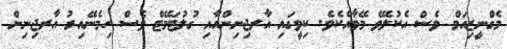
މެގްނީޒިއަމް ވެސް އެކުލެވޭ މޭވާއެކެވެ. ކިވީގައި އާރޖިނިންއާއި ގުލުޓަމޭޓް ވެސް ހިމެނޭއިރު އާރޖިނިން